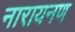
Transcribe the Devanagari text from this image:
नारायनण